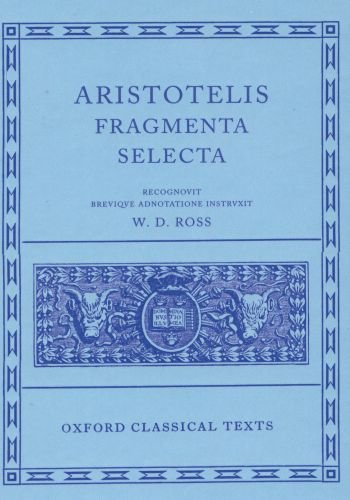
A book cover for Fragmenta Selecta (Oxford Classical Texts); Aristotle; Politics & Social Sciences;